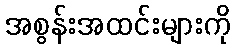
အစွန်းအထင်းများကို